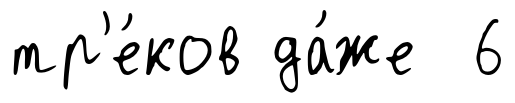
тр'е́ков да́же 6